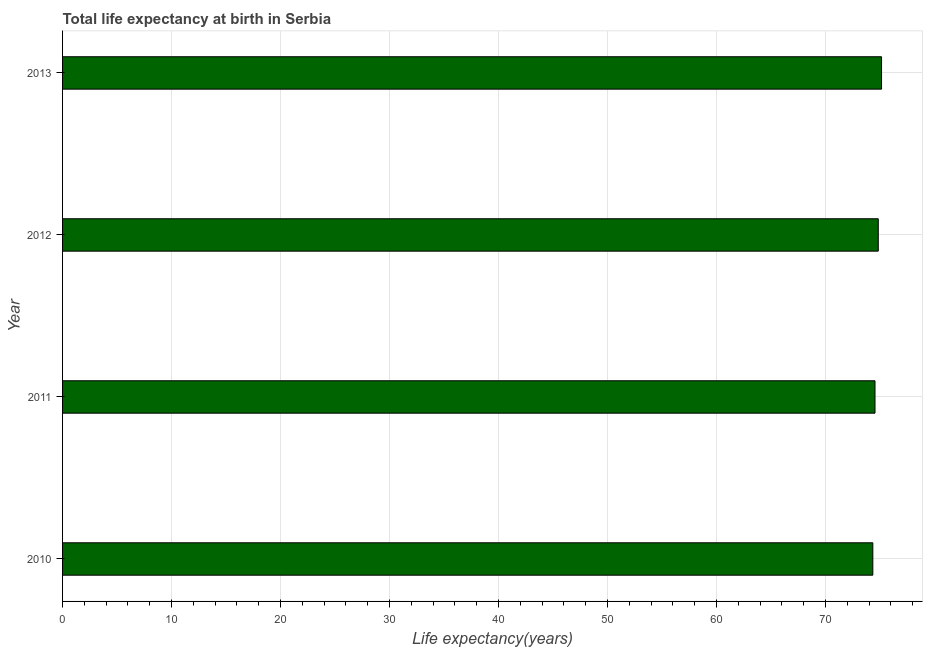
| Year | Life expectancy at birth |
 | --- | --- |
 | 2010 | 74.3 |
 | 2011 | 74.5 |
 | 2012 | 74.8 |
 | 2013 | 75.1 |